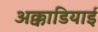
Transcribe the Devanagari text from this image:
अक्काडियाई